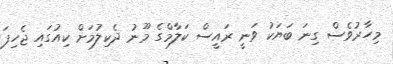
މިހާރުވެސް ގިނަ ބަޔަކު ވަނީ ރައީސް ކަލާމްގެ މޫނު ދެކިލުމަށް ކިއުގައި ޖެހިފަ